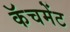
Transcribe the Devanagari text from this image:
कॅचमेंट